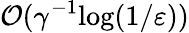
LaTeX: {\mathcal{O}}({\gamma}^{-1}\mathrm{log}(1/\varepsilon))